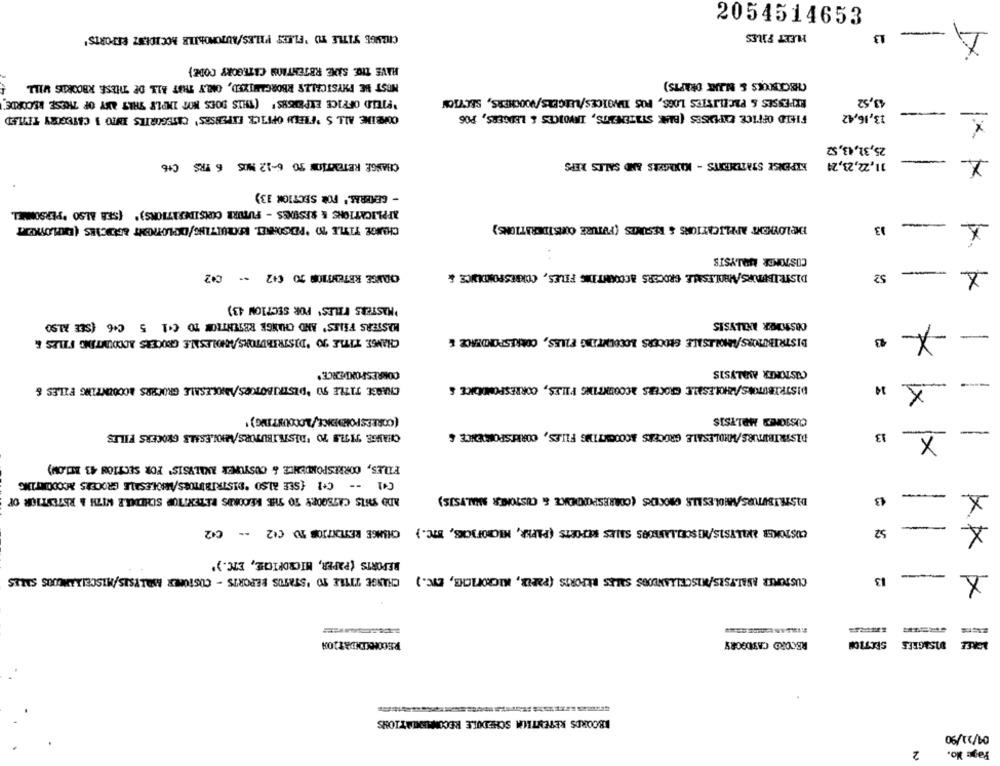
2054514653
CHANGE TITLE TO 'FLEET FILES/AUTOMOBILE ACCIDENT REPORTS'
FLEET FILES
13
HAVE TIC. SHE RETENTION CATEGORY CODE}
MUST BE PHYSICALES RBORGANIZED, ONLY THAT ALL DE THESE RECORDS WILL
CHECKBUCKS & NUKK DRAFTS)
"FIELD OFFICE EXPENSES' (THIS DOES NOT IMPLE THAT ANY OF THOSE RECORDE
EXPENSES & PACELISTES LOGS, FOS IWVOICES/LESGERS/VOUCHERS, SECTION
43,52
OUREINE ALL S 'FIELD OFFICE EXPENSES' CATEGORIES INTO | CATEGORY TITLED
FIELD OFFICE EXPENSES (BIAK STATEMENTS, INVOICES & LEDGERS, PO6
13,16,42
X
25,32,43, 52
CHANGE RETENTION TO 6-12 MOS 6 PRS C+6
KIPENSE STATEMENTS - KIDAGERS AND SALES REPS
11,22,23,24
- GETBRAS.' FOR SECTION 33)
APPLICATIONS & SESIDES - FUTURE CONSIDERATIONS)' (SEE ALSO "PERSONNEL
-
EMPLOYMENT APPLICATIONS & RESUMES (FUTURE CONSIDERATIONS)
13
COSTONDE MEDLYSTS
ORANGE RETENTION 30 (42 -- C42
DISTRIBUTORS/WHOLESALE GROCERS ACCOUNTING FILES, CORRESPONDENCE, &
52
-
'MASTERS FILES' POR SECTION 43)
MASTERS FILES' AND CHANGE RETENTION TO C+1 5 C+6 (SEE ALSO
COSTONOIR ANALYSIS
DISTRIBUTORS/WHOLESALE SŁOCERS LOCOLNTAG FILES, CORRESPONDENCE &
-X
-
CHANGE. TITLE 70 'DISTRIBUTORS/WHOLESALE GROCERS ACCOUNTING FILES &
CORRESPONDERCE'
CUSTOMER ANALYSIS
-
-
CHASSE TITLE 90 *DISTRIBUTORS/WHOLESALE GROCERS ACCOUNTING FILES &
DISTRIBUTORS/WHOLESALE GROCERS ACCOUNTING PILES, CORRESPONDENCE &
34
×
(CORRESPONDENCE/ACCOUNTING)'
CUSTOMER MOLYSIS
X
-
CHAUSE TITLE TO 'DISTRIBUTORS/WHOLESALE GROCERS FILES
DISTRIBUTURS/WHOLESALE GROCERS ACOOGVTING FILES, CORRESPONDENCE &
13
FILES, CORRESPONDENCE & CUSYUPER ANALYSIS' FOR SECTION 43 IT1.0M)
[+] -- C+] {SEE ALSO "DISTRIBUTORS/ARIOLESALE GROCERS MCCOURTING
-
1
ADD THIS CATEGORY TO THE RECORDS RETENTION SCHEDULE WITH & RETENTION OF
DISTRIBUTURSAMOLES LLE GROCERS (CORRESPOOOKCE & CUSTOMER ANALYSIS)
13
x
-
CUSTOMER WKILYSIS/MISCELLANEOUS SALES REPORTS (PAPER, MICHOFICINES, ETC.) CHANGE RETENTION TO C+2 -- 002
52
X
REPORTS (PAPER, MICRORICHE, ETC.)'
CHANGE TITLE TO 'STATUS REPORTS - CUSTOMER ANALYSIS/MISCELLANEOUS SALES
CUSTOMER ANALYSIS/MISCELLANEOUS SALES REPORTS (PAPER, MICROFICHE, ETC.)
X
13
RECORD CATEGORY
SECTION
VISAGRES
KBOORDS RETENTIUM SCHEDULE RECOMANNIATIONS
04/21/90
2
Page: No.